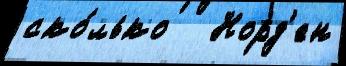
ско́лько   Норд'ен